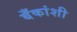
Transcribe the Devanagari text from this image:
बँकांशी